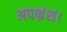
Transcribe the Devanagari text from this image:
अपभ्रंश।